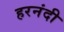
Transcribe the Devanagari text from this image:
हरनंदी